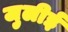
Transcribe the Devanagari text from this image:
जुलीई